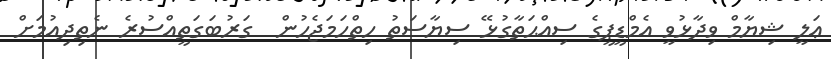
ޢަލީ ޝިޔާމް ވިދާޅުވީ އެމްޑީޕީގެ ސިއްޙަތާގުޅޭ ސިޔާސަތު ހިތްހަމަޖެހުން  ގަރުބަގަތީއްސުރެ ނެތިދިއުމަށް